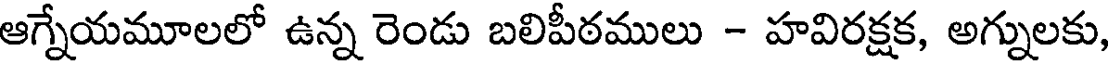
ఆగ్నేయమూలలో ఉన్న రెండు బలిపీఠములు - హవిరక్షక, అగ్నులకు,